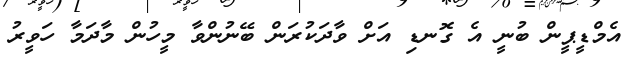
އެމްޑީޕީން ބުނީ އެ ގޮނޑި އަށް ވާދަކުރަން ބޭނުންވާ މީހުން މާދަމާ ހަވީރު